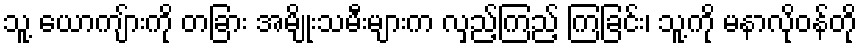
သူ့ ယောကျ်ားကို တခြား အမျိုးသမီးများက လှည့်ကြည့် ကြခြင်း၊ သူ့ကို မနာလိုဝန်တို